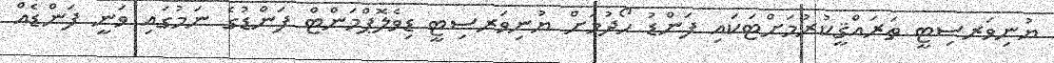
ޔުނިވަރސިޓީ ތަރައްޤީކުރުމަށްޓަކައި ފަންޑު ހޯދުމަށް ޔުނިވަރސިޓީ ޑިވެލޮޕްމަންޓް ފަންޑުގެ ނަމުގައި ވަނީ ފަންޑެއް